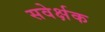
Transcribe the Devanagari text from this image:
सवेर्क्षक